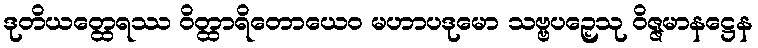
ဒုတိယတ္ထေရဿ ဝိတ္ထာရိတောယေဝ မဟာပဒုမော သဗ္ဗပဉှေသု ဝိဇ္ဇမာနဋ္ဌေန